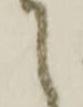
て